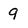
Character: 9